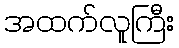
အထက်လူကြီး